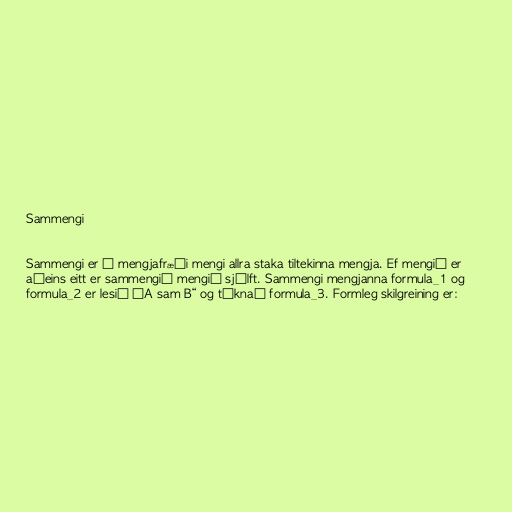
Sammengi

Sammengi er í mengjafræði mengi allra staka tiltekinna mengja. Ef mengið er
aðeins eitt er sammengið mengið sjálft. Sammengi mengjanna formula_1 og
formula_2 er lesið „A sam B“ og táknað formula_3. Formleg skilgreining er: